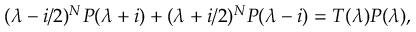
( \lambda - i / 2 ) ^ { N } P ( \lambda + i ) + ( \lambda + i / 2 ) ^ { N } P ( \lambda - i ) = T ( \lambda ) P ( \lambda ) ,